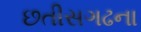
છતીસગઢના